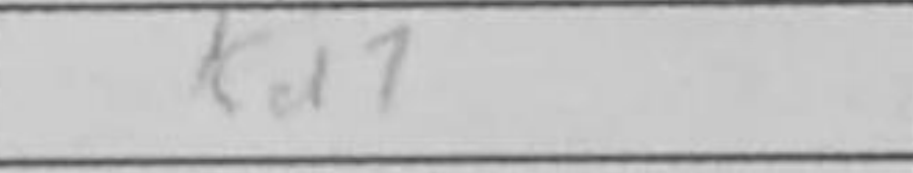
Transcription: Kd7